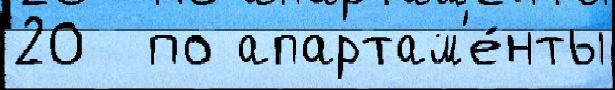
20  по апартам'е́нты